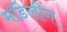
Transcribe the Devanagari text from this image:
मॉडेलींग